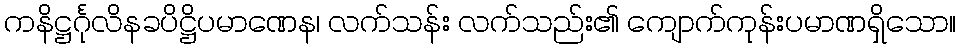
ကနိဋ္ဌင်္ဂုလိနခပိဋ္ဌိပမာဏေန၊ လက်သန်း လက်သည်း၏ ကျောက်ကုန်းပမာဏရှိသော။